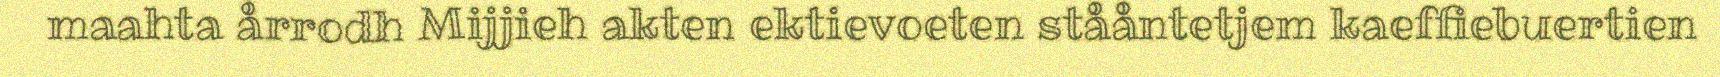
maahta årrodh Mijjieh akten ektievoeten stååntetjem kaeffiebuertien